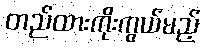
တည်ထားကိုးကွယ်မည့်